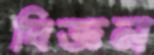
বিজ্ঞন